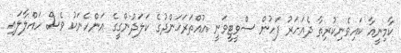
ކާމިނީއާ ކައިވެނިކުރިތާ ދެއަހަރު ފަހުން ސްވީޓީވަނީ އުއްތަރަޚަންދުގެ ކަލަދުންގީގެ އަންހެނަކު ވެސް ހައްލާލައި